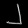
Digit: ၂